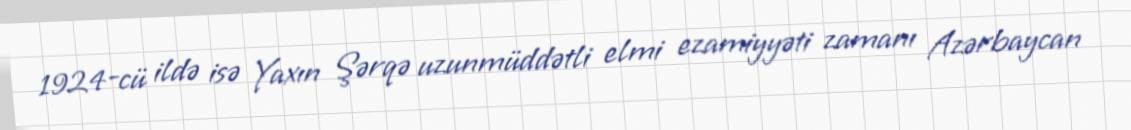
1924-cü ildə isə Yaxın Şərqə uzunmüddətli elmi ezamiyyəti zamanı Azərbaycan